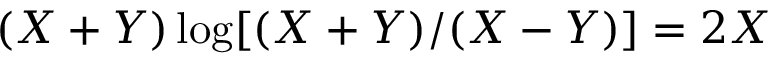
( X + Y ) \log [ ( X + Y ) / ( X - Y ) ] = 2 X